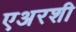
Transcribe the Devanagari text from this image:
एअरशी